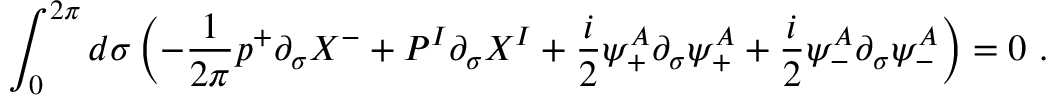
\int _ { 0 } ^ { 2 \pi } d \sigma \left( - \frac { 1 } { 2 \pi } p ^ { + } \partial _ { \sigma } X ^ { - } + { \cal P } ^ { I } \partial _ { \sigma } X ^ { I } + \frac { i } { 2 } \psi _ { + } ^ { A } \partial _ { \sigma } \psi _ { + } ^ { A } + \frac { i } { 2 } \psi _ { - } ^ { A } \partial _ { \sigma } \psi _ { - } ^ { A } \right) = 0 ~ .